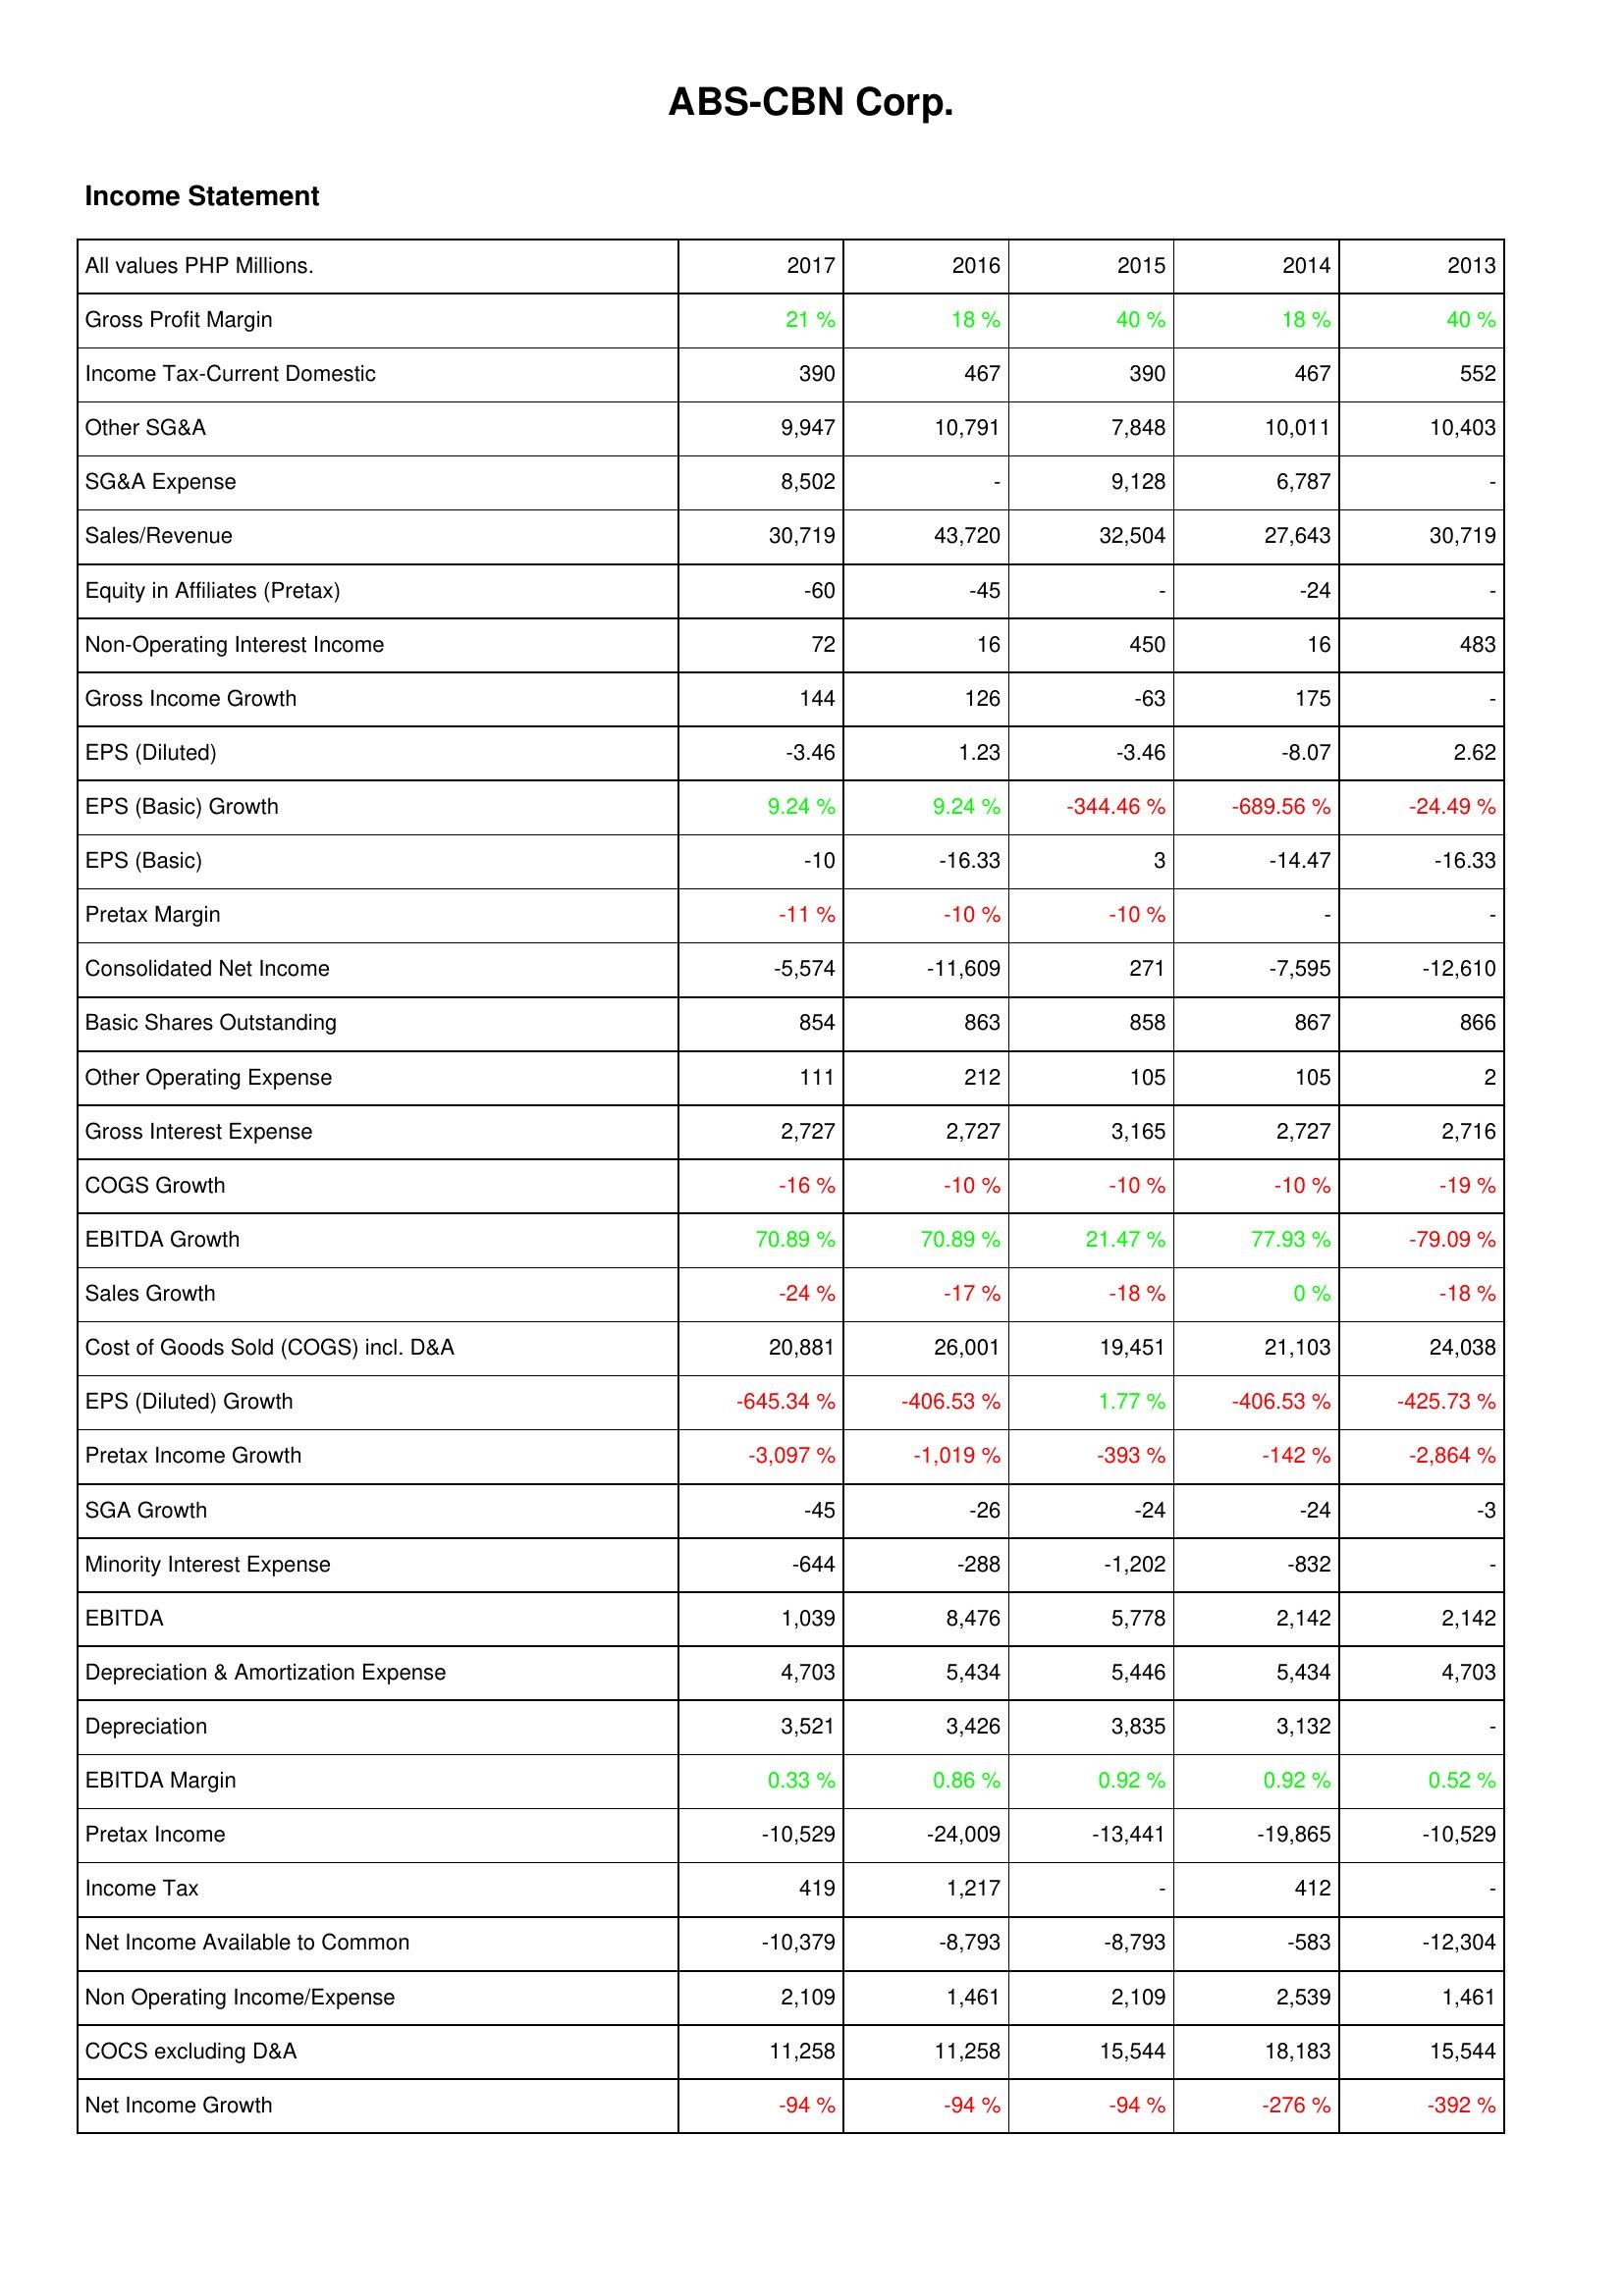
2017: Income Statement: Gross Profit Margin: 21 %
Income Tax-Current Domestic: 390
Other SG&A: 9,947
SG&A Expense: 8,502
Sales/Revenue: 30,719
Equity in Affiliates (Pretax): -60
Non-Operating Interest Income: 72
Gross Income Growth: 144
EPS (Diluted): -3.46
EPS (Basic) Growth: 9.24 %
EPS (Basic): -10
Pretax Margin: -11 %
Consolidated Net Income: -5,574
Basic Shares Outstanding: 854
Other Operating Expense: 111
Gross Interest Expense: 2,727
COGS Growth: -16 %
EBITDA Growth: 70.89 %
Sales Growth: -24 %
Cost of Goods Sold (COGS) incl. D&A: 20,881
EPS (Diluted) Growth: -645.34 %
Pretax Income Growth: -3,097 %
SGA Growth: -45
Minority Interest Expense: -644
EBITDA: 1,039
Depreciation & Amortization Expense: 4,703
Depreciation: 3,521
EBITDA Margin: 0.33 %
Pretax Income: -10,529
Income Tax: 419
Net Income Available to Common: -10,379
Non Operating Income/Expense: 2,109
COCS excluding D&A: 11,258
Net Income Growth: -94 %
2016: Income Statement: Gross Profit Margin: 18 %
Income Tax-Current Domestic: 467
Other SG&A: 10,791
SG&A Expense: -
Sales/Revenue: 43,720
Equity in Affiliates (Pretax): -45
Non-Operating Interest Income: 16
Gross Income Growth: 126
EPS (Diluted): 1.23
EPS (Basic) Growth: 9.24 %
EPS (Basic): -16.33
Pretax Margin: -10 %
Consolidated Net Income: -11,609
Basic Shares Outstanding: 863
Other Operating Expense: 212
Gross Interest Expense: 2,727
COGS Growth: -10 %
EBITDA Growth: 70.89 %
Sales Growth: -17 %
Cost of Goods Sold (COGS) incl. D&A: 26,001
EPS (Diluted) Growth: -406.53 %
Pretax Income Growth: -1,019 %
SGA Growth: -26
Minority Interest Expense: -288
EBITDA: 8,476
Depreciation & Amortization Expense: 5,434
Depreciation: 3,426
EBITDA Margin: 0.86 %
Pretax Income: -24,009
Income Tax: 1,217
Net Income Available to Common: -8,793
Non Operating Income/Expense: 1,461
COCS excluding D&A: 11,258
Net Income Growth: -94 %
2015: Income Statement: Gross Profit Margin: 40 %
Income Tax-Current Domestic: 390
Other SG&A: 7,848
SG&A Expense: 9,128
Sales/Revenue: 32,504
Equity in Affiliates (Pretax): -
Non-Operating Interest Income: 450
Gross Income Growth: -63
EPS (Diluted): -3.46
EPS (Basic) Growth: -344.46 %
EPS (Basic): 3
Pretax Margin: -10 %
Consolidated Net Income: 271
Basic Shares Outstanding: 858
Other Operating Expense: 105
Gross Interest Expense: 3,165
COGS Growth: -10 %
EBITDA Growth: 21.47 %
Sales Growth: -18 %
Cost of Goods Sold (COGS) incl. D&A: 19,451
EPS (Diluted) Growth: 1.77 %
Pretax Income Growth: -393 %
SGA Growth: -24
Minority Interest Expense: -1,202
EBITDA: 5,778
Depreciation & Amortization Expense: 5,446
Depreciation: 3,835
EBITDA Margin: 0.92 %
Pretax Income: -13,441
Income Tax: -
Net Income Available to Common: -8,793
Non Operating Income/Expense: 2,109
COCS excluding D&A: 15,544
Net Income Growth: -94 %
2014: Income Statement: Gross Profit Margin: 18 %
Income Tax-Current Domestic: 467
Other SG&A: 10,011
SG&A Expense: 6,787
Sales/Revenue: 27,643
Equity in Affiliates (Pretax): -24
Non-Operating Interest Income: 16
Gross Income Growth: 175
EPS (Diluted): -8.07
EPS (Basic) Growth: -689.56 %
EPS (Basic): -14.47
Pretax Margin: -
Consolidated Net Income: -7,595
Basic Shares Outstanding: 867
Other Operating Expense: 105
Gross Interest Expense: 2,727
COGS Growth: -10 %
EBITDA Growth: 77.93 %
Sales Growth: 0 %
Cost of Goods Sold (COGS) incl. D&A: 21,103
EPS (Diluted) Growth: -406.53 %
Pretax Income Growth: -142 %
SGA Growth: -24
Minority Interest Expense: -832
EBITDA: 2,142
Depreciation & Amortization Expense: 5,434
Depreciation: 3,132
EBITDA Margin: 0.92 %
Pretax Income: -19,865
Income Tax: 412
Net Income Available to Common: -583
Non Operating Income/Expense: 2,539
COCS excluding D&A: 18,183
Net Income Growth: -276 %
2013: Income Statement: Gross Profit Margin: 40 %
Income Tax-Current Domestic: 552
Other SG&A: 10,403
SG&A Expense: -
Sales/Revenue: 30,719
Equity in Affiliates (Pretax): -
Non-Operating Interest Income: 483
Gross Income Growth: -
EPS (Diluted): 2.62
EPS (Basic) Growth: -24.49 %
EPS (Basic): -16.33
Pretax Margin: -
Consolidated Net Income: -12,610
Basic Shares Outstanding: 866
Other Operating Expense: 2
Gross Interest Expense: 2,716
COGS Growth: -19 %
EBITDA Growth: -79.09 %
Sales Growth: -18 %
Cost of Goods Sold (COGS) incl. D&A: 24,038
EPS (Diluted) Growth: -425.73 %
Pretax Income Growth: -2,864 %
SGA Growth: -3
Minority Interest Expense: -
EBITDA: 2,142
Depreciation & Amortization Expense: 4,703
Depreciation: -
EBITDA Margin: 0.52 %
Pretax Income: -10,529
Income Tax: -
Net Income Available to Common: -12,304
Non Operating Income/Expense: 1,461
COCS excluding D&A: 15,544
Net Income Growth: -392 %